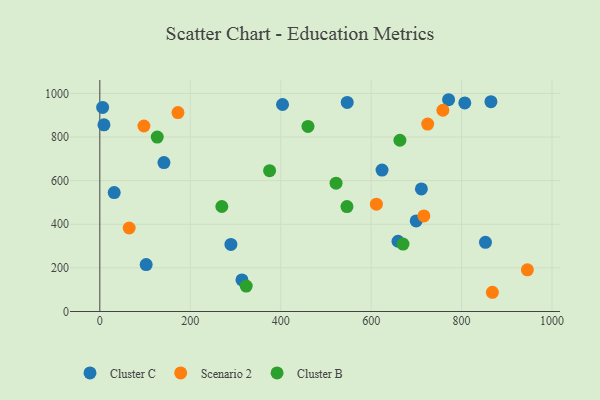
{"axis": {"x": "Price", "y": "Rating"}, "legend": ["Cluster B", "Cluster C", "Scenario 2"], "data": [{"x": "314.3", "y": 144.9, "type": "Cluster C"}, {"x": "624.1", "y": 648.4, "type": "Cluster C"}, {"x": "141.8", "y": 682.9, "type": "Cluster C"}, {"x": "404.1", "y": 949.0, "type": "Cluster C"}, {"x": "852.8", "y": 317.0, "type": "Cluster C"}, {"x": "711.1", "y": 562.1, "type": "Cluster C"}, {"x": "31.8", "y": 545.2, "type": "Cluster C"}, {"x": "9.1", "y": 856.0, "type": "Cluster C"}, {"x": "102.5", "y": 215.4, "type": "Cluster C"}, {"x": "547.1", "y": 958.8, "type": "Cluster C"}, {"x": "771.3", "y": 971.0, "type": "Cluster C"}, {"x": "289.9", "y": 307.4, "type": "Cluster C"}, {"x": "659.4", "y": 322.1, "type": "Cluster C"}, {"x": "807.1", "y": 956.3, "type": "Cluster C"}, {"x": "699.6", "y": 415.5, "type": "Cluster C"}, {"x": "864.9", "y": 962.1, "type": "Cluster C"}, {"x": "6.2", "y": 935.8, "type": "Cluster C"}, {"x": "945.5", "y": 191.0, "type": "Scenario 2"}, {"x": "97.5", "y": 850.5, "type": "Scenario 2"}, {"x": "716.6", "y": 438.3, "type": "Scenario 2"}, {"x": "611.6", "y": 492.0, "type": "Scenario 2"}, {"x": "868.1", "y": 88.2, "type": "Scenario 2"}, {"x": "64.9", "y": 383.0, "type": "Scenario 2"}, {"x": "172.8", "y": 912.2, "type": "Scenario 2"}, {"x": "725.0", "y": 859.2, "type": "Scenario 2"}, {"x": "758.6", "y": 922.8, "type": "Scenario 2"}, {"x": "375.4", "y": 645.7, "type": "Cluster B"}, {"x": "663.6", "y": 785.3, "type": "Cluster B"}, {"x": "323.7", "y": 116.5, "type": "Cluster B"}, {"x": "127.0", "y": 799.8, "type": "Cluster B"}, {"x": "269.8", "y": 481.4, "type": "Cluster B"}, {"x": "522.4", "y": 588.3, "type": "Cluster B"}, {"x": "460.3", "y": 848.8, "type": "Cluster B"}, {"x": "546.5", "y": 481.0, "type": "Cluster B"}, {"x": "670.5", "y": 309.4, "type": "Cluster B"}]}